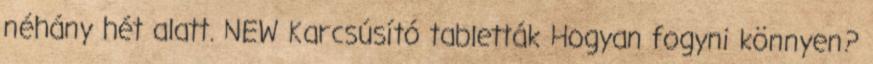
néhány hét alatt. NEW Karcsúsító tabletták Hogyan fogyni könnyen?